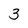
Character: 3